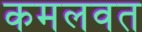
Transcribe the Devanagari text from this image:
कमलवत